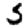
Digit: 5